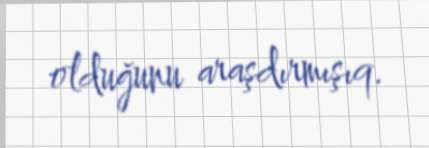
olduğunu araşdırmışıq.